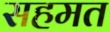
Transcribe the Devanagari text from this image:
सहमत